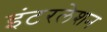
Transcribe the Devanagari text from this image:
इंटरलेशन